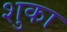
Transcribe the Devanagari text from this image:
शुका